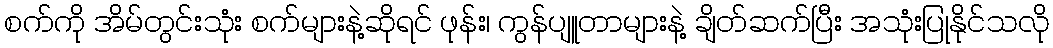
စက်ကို အိမ်တွင်းသုံး စက်များနဲ့ဆိုရင် ဖုန်း၊ ကွန်ပျူတာများနဲ့ ချိတ်ဆက်ပြီး အသုံးပြုနိုင်သလို